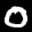
Label: 0